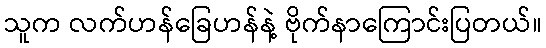
သူက လက်ဟန်ခြေဟန်နဲ့ ဗိုက်နာကြောင်းပြတယ်။